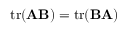
\operatorname { t r } ( \mathbf { A } \mathbf { B } ) = \operatorname { t r } ( \mathbf { B } \mathbf { A } )